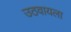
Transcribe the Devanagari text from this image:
उठवायला